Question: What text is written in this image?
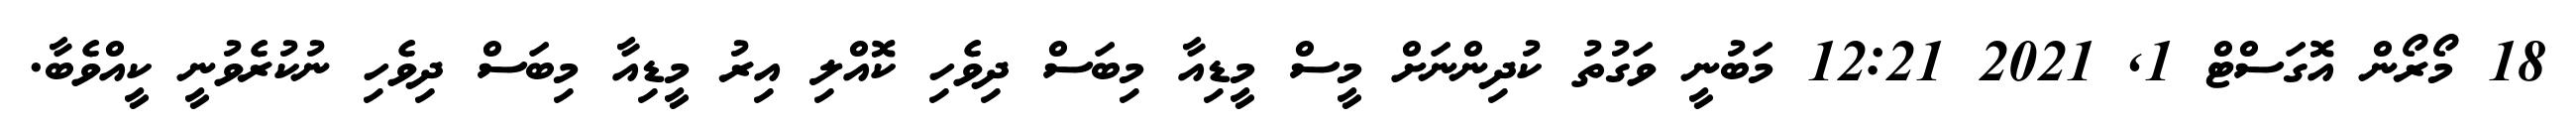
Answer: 18 މޯރޯން އޮގަސްޓް 1, 2021 12:21 މަބުނީ ވަގުތު ކުދިންނަށް މީސް މީޑިއާ މިބަސް ދިވެހި ކޮއްލި އިރު މީޑިއާ މިބަސް ދިވެހި ނުކުރެވުނީ ކީއްވެބާ.